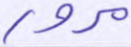
مرور